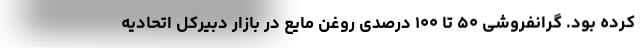
كرده بود. گرانفروشی ۵۰ تا ۱۰۰ درصدی روغن مایع در بازار دبیرکل اتحادیه